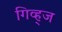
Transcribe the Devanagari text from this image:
गिव्ह्‌ज